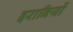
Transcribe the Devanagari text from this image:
इरानियों